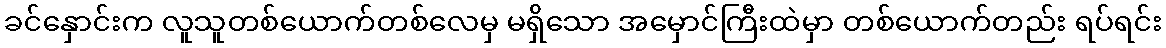
ခင်နှောင်းက လူသူတစ်ယောက်တစ်လေမှ မရှိသော အမှောင်ကြီးထဲမှာ တစ်ယောက်တည်း ရပ်ရင်း